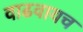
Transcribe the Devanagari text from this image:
वाढवायच